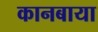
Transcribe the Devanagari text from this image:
कानबाया